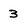
Character: 3